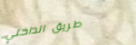
طريق الداخلي